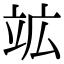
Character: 䇊